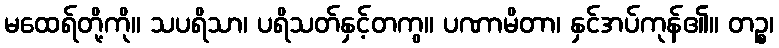
မထေရ်တို့ကို။ သပရိသာ၊ ပရိသတ်နှင့်တကွ။ ပဏာမိတာ၊ နှင်အပ်ကုန်၏။ တဉ္စ၊